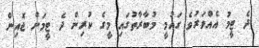
ދެ ޓީމު އެއްވަރުވެ ގައުމީ މުބާރާތުގައި މީގެ ކުރިން ދެ ޓީމަށް ޖޮއިން